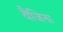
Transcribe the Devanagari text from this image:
वैजिना